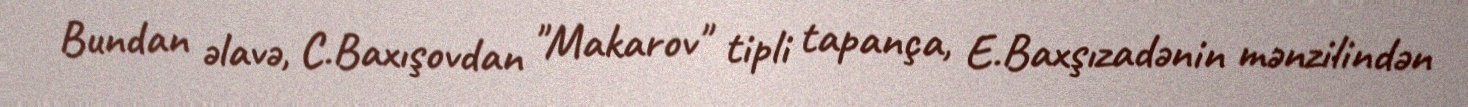
Bundan əlavə, C.Baxışovdan "Makarov" tipli tapança, E.Baxşızadənin mənzilindən